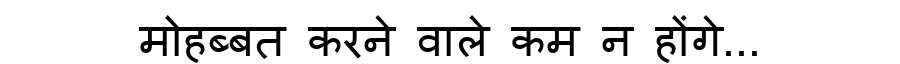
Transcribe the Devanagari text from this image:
मोहब्बत करने वाले कम न होंगे...